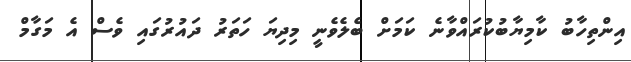
އިންތިހާބު ކާމިޔާބުކުރައްވާނެ ކަމަށް ބެލެވެނީ މިދިޔަ ހަތަރު ދައުރުގައި ވެސް އެ މަގާމް